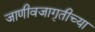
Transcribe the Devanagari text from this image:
जाणीवजागृतीच्या